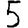
Digit: 5